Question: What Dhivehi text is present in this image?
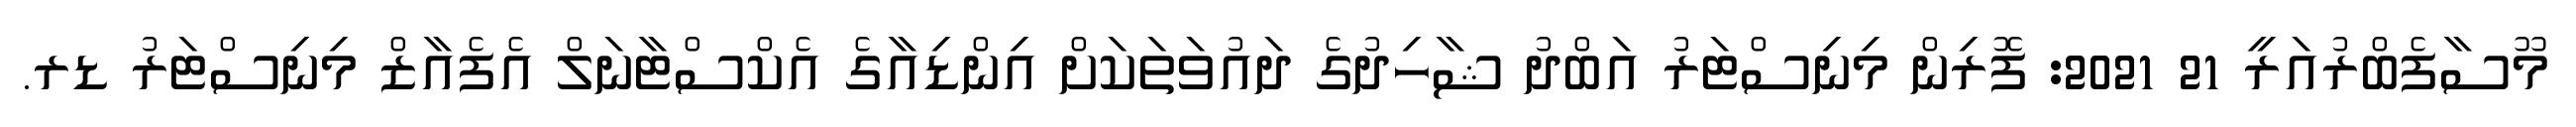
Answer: މޫސާފެބްރުއަރީ 21 2021: ފޮރިން މިނިސްޓަރު އަބްދު ޝާހިދުގެ ދައުވަތަކަށް އިންޑިއާގެ އެކްސްޓާނަލް އެފެއާޒް މިނިސްޓަރު ޑރ.